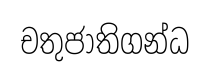
චතුජාතිගන්ධ